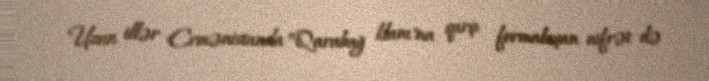
Uzun illər Ermənistanda ”Qarabağ klanı"na qarşı formalaşan nifrət də